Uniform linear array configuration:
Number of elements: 32
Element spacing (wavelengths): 1
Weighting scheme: exponential
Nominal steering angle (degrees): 15
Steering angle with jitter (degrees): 15.327
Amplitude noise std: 0.05
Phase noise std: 0.05

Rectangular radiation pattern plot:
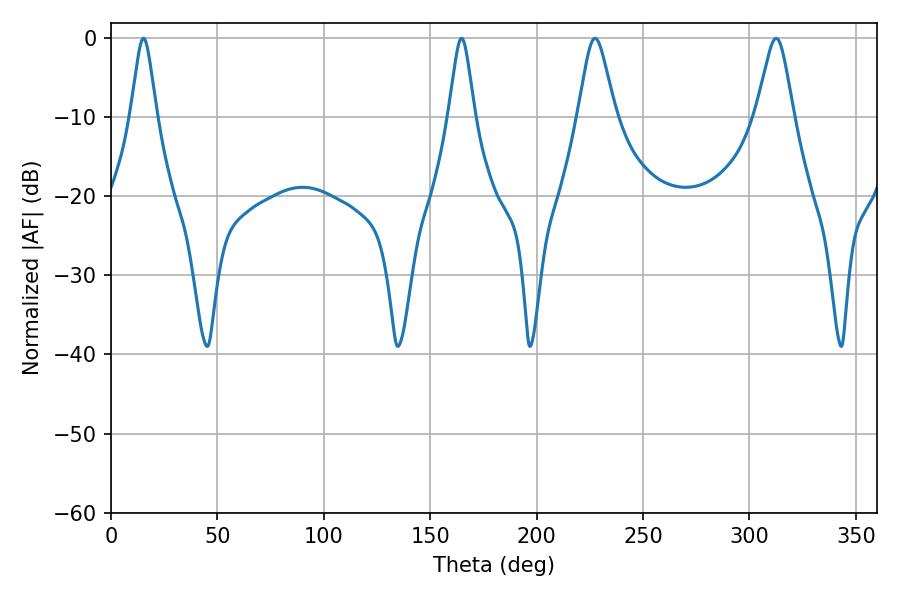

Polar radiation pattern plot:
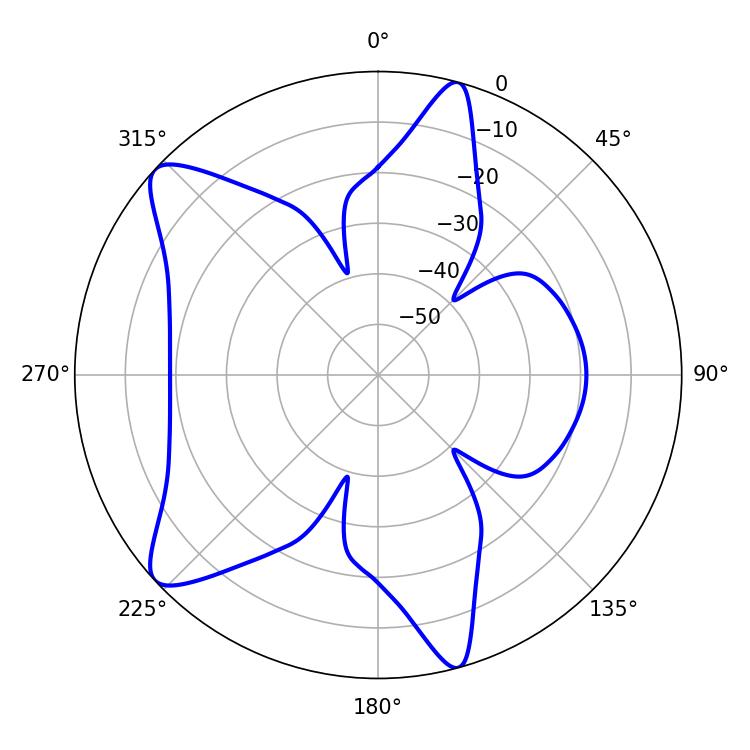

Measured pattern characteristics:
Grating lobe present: TRUE
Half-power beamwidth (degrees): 5.76
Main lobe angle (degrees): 15.3